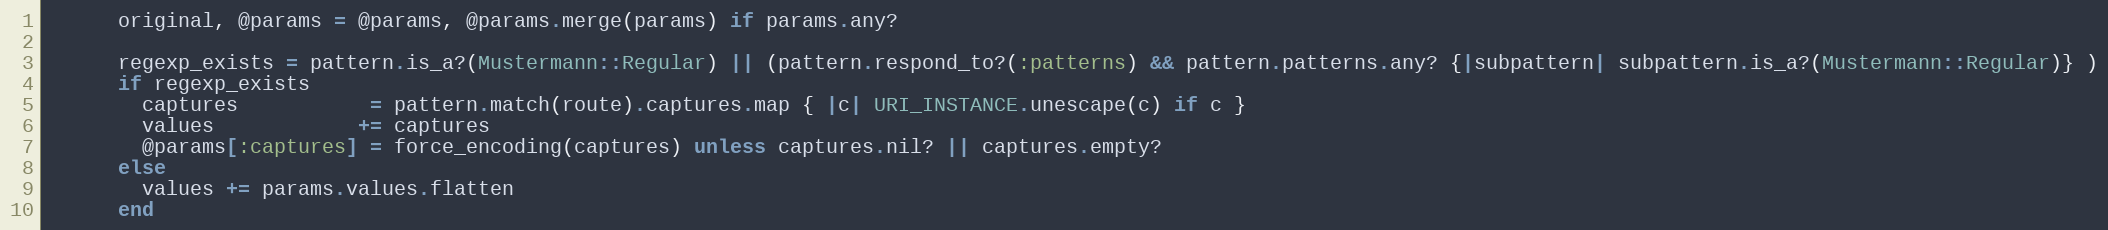
Language: Ruby
      original, @params = @params, @params.merge(params) if params.any?

      regexp_exists = pattern.is_a?(Mustermann::Regular) || (pattern.respond_to?(:patterns) && pattern.patterns.any? {|subpattern| subpattern.is_a?(Mustermann::Regular)} )
      if regexp_exists
        captures           = pattern.match(route).captures.map { |c| URI_INSTANCE.unescape(c) if c }
        values            += captures
        @params[:captures] = force_encoding(captures) unless captures.nil? || captures.empty?
      else
        values += params.values.flatten
      end